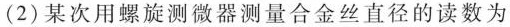
(2) 某次用螺旋测微器测量合金丝直径的读数为